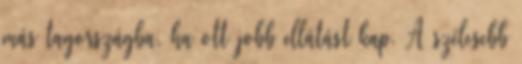
más tagországba, ha ott jobb ellátást kap. A szélesebb